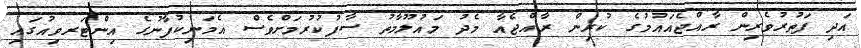
އަދި ފަތުރުވެރިން ރާއްޖެއައުމުގެ ކުރިން ރާއްޖެއާ މެދު މައުލޫމާތު ސާފުކުރުމަށްވެސް އެމަނިކުފާނުގެ އިންޓަރވިއުގައި